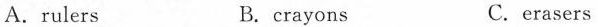
A.rulers B. crayons C.erasers